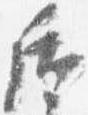
后